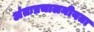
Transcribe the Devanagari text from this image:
अंतःप्रचालनीयता